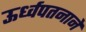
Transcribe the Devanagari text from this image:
ऊर्ध्वपतनाने